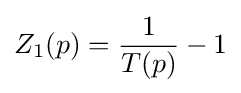
Z_{1}(p)={\frac {1}{T(p)}}-1